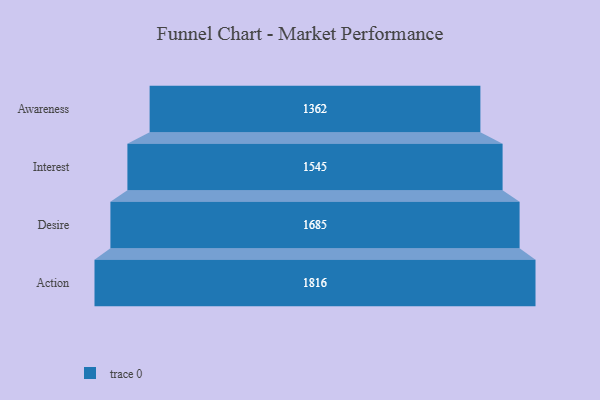
{"axis": {"x": "Stage", "y": "Value"}, "legend": [""], "data": [{"x": "Awareness", "y": 1362.0, "type": ""}, {"x": "Interest", "y": 1545.0, "type": ""}, {"x": "Desire", "y": 1685.0, "type": ""}, {"x": "Action", "y": 1816.0, "type": ""}]}